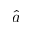
\hat { a }